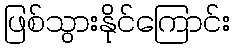
ဖြစ်သွားနိုင်ကြောင်း